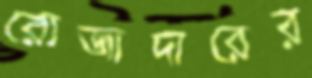
রোজাদারের